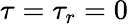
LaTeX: \tau=\tau_{r}=0